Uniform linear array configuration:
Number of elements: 64
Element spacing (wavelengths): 0.25
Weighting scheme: blackman
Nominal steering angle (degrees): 15
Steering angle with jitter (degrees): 16.359
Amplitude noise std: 0.05
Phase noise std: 0.05

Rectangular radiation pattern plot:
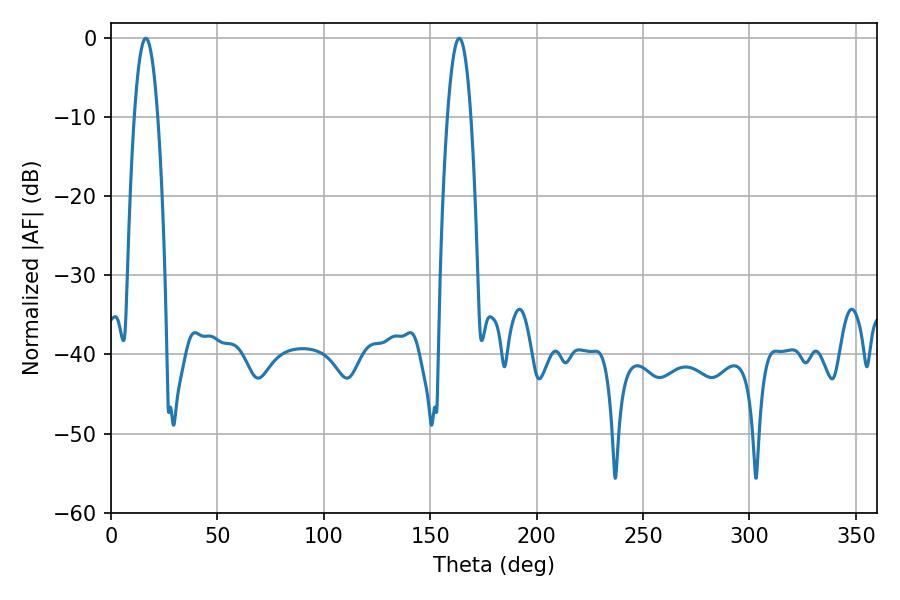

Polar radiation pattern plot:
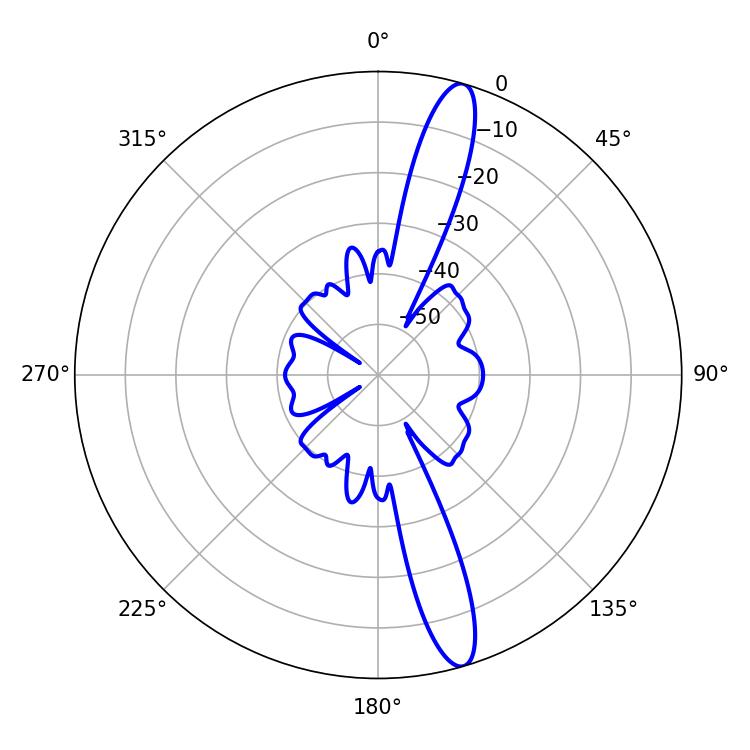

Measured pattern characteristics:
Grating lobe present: FALSE
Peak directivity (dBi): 14.912
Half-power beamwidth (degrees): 6.12
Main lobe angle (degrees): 16.38